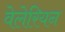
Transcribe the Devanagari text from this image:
वेलेरियन